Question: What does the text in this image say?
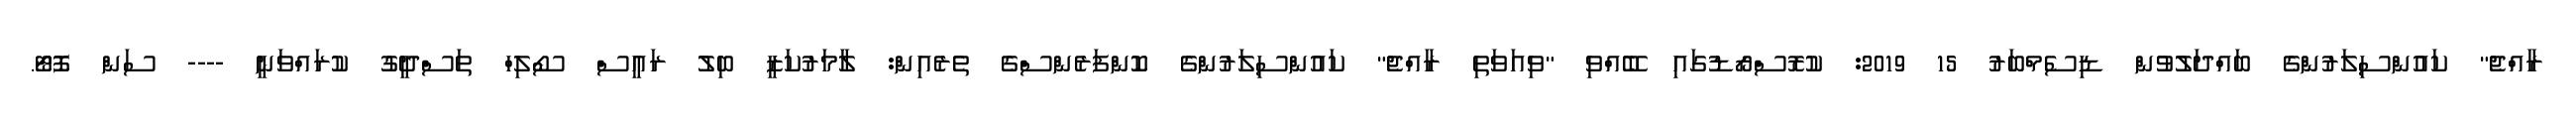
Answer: ރާއްޖެ" ކައުންސިލަރުންގެ ބައްދަލުވުން ޑިސެމްބަރު 15 2019: ކުރޮސްރޯޑުގައި ބޭއްވި "ވިއަވަތި ރާއްޖެ" ކައުންސިލަރުންގެ ކޮންފަރެންސްގެ ތެރެއިން: ލާމަރުކަޒީ ބިލު ރައީސް ސޯލިހް ތަސްދީގު ކުރައްވަނީ ---- ސަން ފޮޓޯ.